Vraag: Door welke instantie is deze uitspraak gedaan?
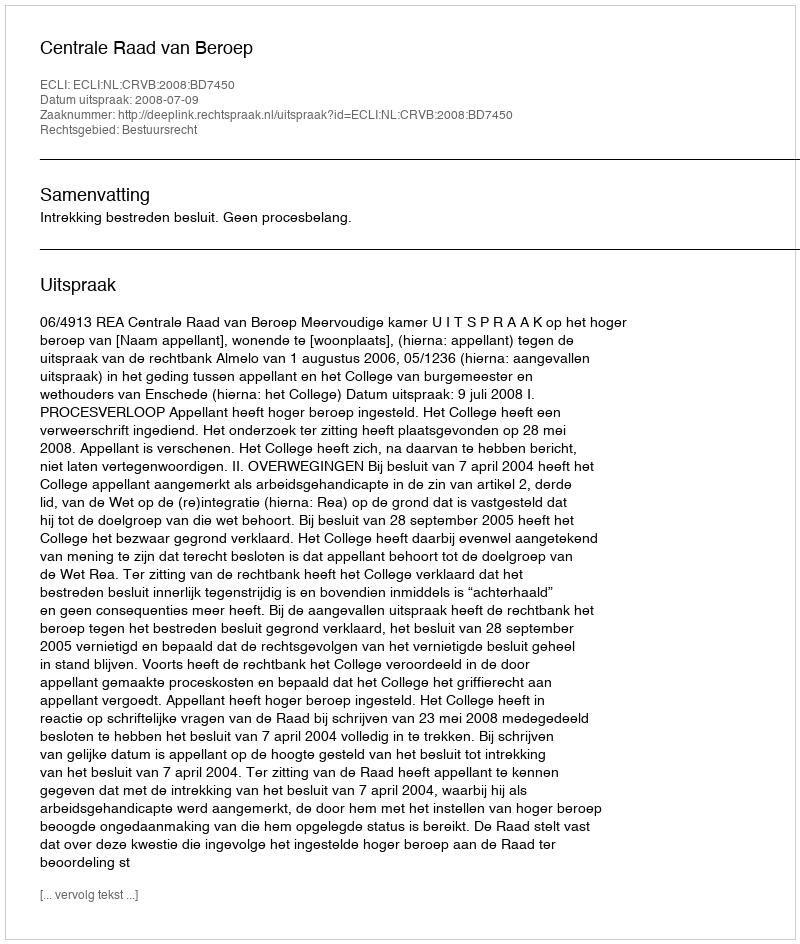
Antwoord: Centrale Raad van Beroep